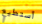
أستطيع